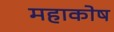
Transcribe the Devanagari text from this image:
महाकोष